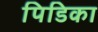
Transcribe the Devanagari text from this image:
पिडिका